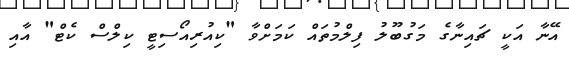
އޭނާ އަކީ ޗައިނާގެ މަގުބޫލު ފިލްމުތައް ކަމަށްވާ "ކިއުރިއޯސިޓީ ކިލްސް ކެޓް" އާއި